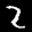
Label: 2